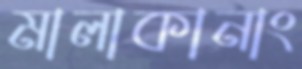
মালাকানাং